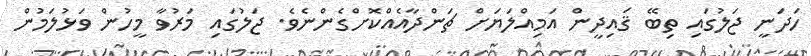
ހަދަނީ ޖަލުގައި ތިބޭ ޤައިދީން އަމިއްލަޔަށް ޗަންދާއެއްކޮށްގެންނެވެ. ޖަލުގައި މަރުވާ މީހުން ވަޅުލަމުން